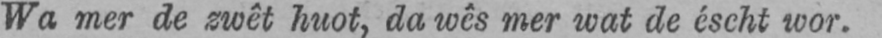
Wa mer de zwêt huot, da wês mer wat de éscht wor.